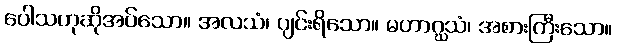
ပေါသဟုဆိုအပ်သော။ အလသံ၊ ပျင်းရိသော။ မဟာဂ္ဃသံ၊ အစားကြီးသော။